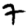
Digit: 7